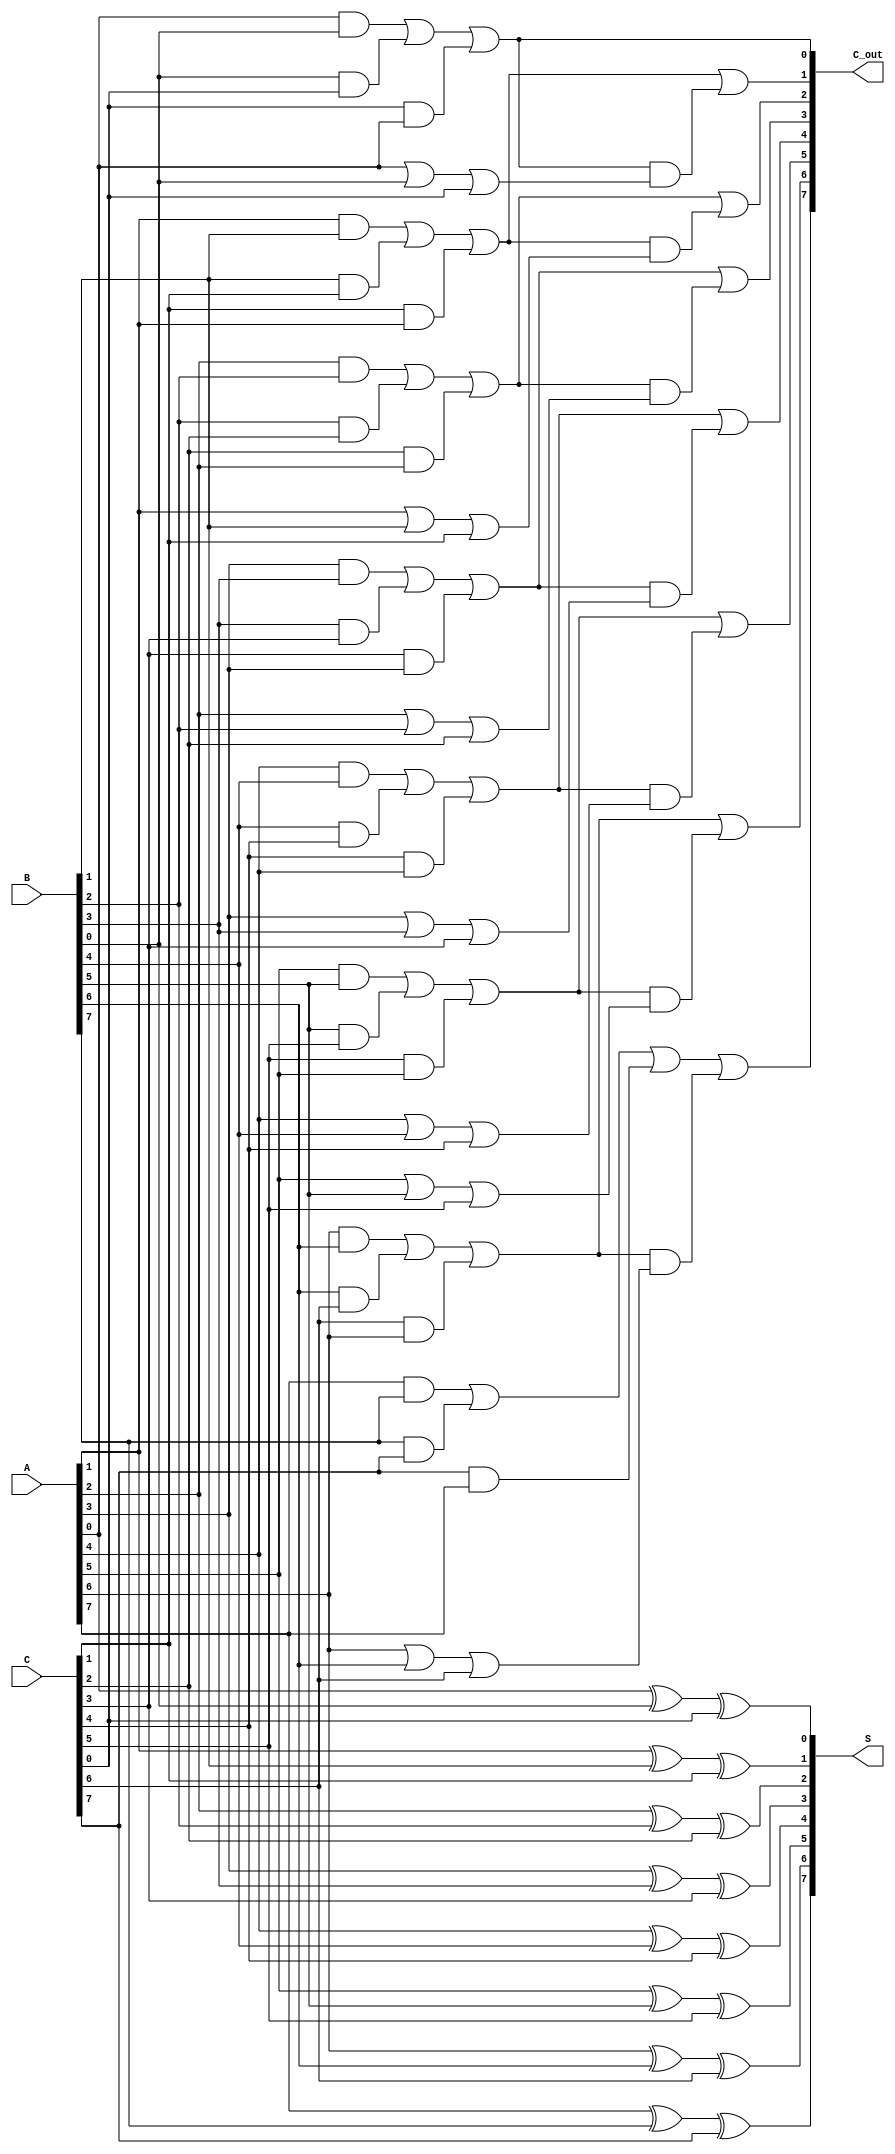
module ripple_carry_save_adder #(parameter n = 8) (
    input  [n-1:0] A,  // First input
    input  [n-1:0] B,  // Second input
    input  [n-1:0] C,  // Third input
    output [n-1:0] S,  // Partial sum output
    output [n-1:0] C_out // Carry output
);

    wire [n-1:0] P; // Partial sums
    wire [n-1:0] C_temp; // Intermediate carries

    // Generate partial sums and carries
    genvar i;
    generate
        for (i = 0; i < n; i = i + 1) begin : adder_stage
            // Partial sum for bit i
            assign P[i] = A[i] ^ B[i] ^ C[i];

            // Carry for bit i
            assign C_temp[i] = (A[i] & B[i]) | (B[i] & C[i]) | (C[i] & A[i]);
        end
    endgenerate

    // Assign the final partial sum and carry outputs
    assign S = P; // Final partial sum
    assign C_out[0] = C_temp[0]; // First carry output
    generate
        for (i = 1; i < n; i = i + 1) begin : carry_ripple
            assign C_out[i] = C_temp[i] | (C_temp[i-1] & (A[i-1] | B[i-1] | C[i-1]));
        end
    endgenerate

endmodule